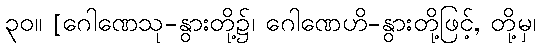
၃၀။ [ဂေါဏေသု-နွားတို့၌၊ ဂေါဏေဟိ-နွားတို့ဖြင့်, တို့မှ၊